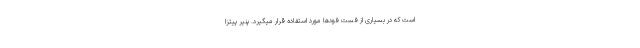
است که در بسیاری از فست فودها مورد استفاده قرار میگیرد. پنیر پیتزا